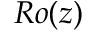
R o ( z )